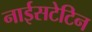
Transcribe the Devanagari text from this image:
नाईसटेटिन